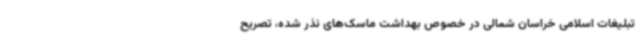
تبلیغات اسلامی خراسان شمالی در خصوص بهداشت ماسک‌های نذر شده، تصریح